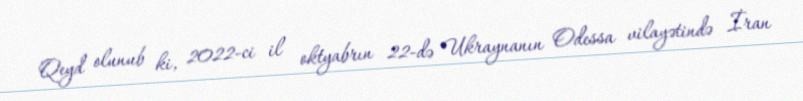
Qeyd olunub ki, 2022-ci il oktyabrın 22-də Ukraynanın Odessa vilayətində İran